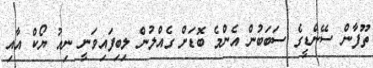
ތޫފާން ސޭންޑީގެ ސަބަބުން އެންމެ ބޮޑަށް ގެއްލުން ލިބިފައިވަނީ ނިއު ޔޯކް އާއި